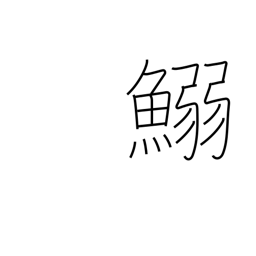
Meaning: (kokuji)